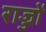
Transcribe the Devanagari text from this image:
राज्जों